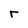
Character: r